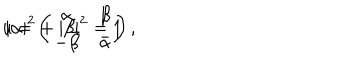
LaTeX: u = \left( \begin{array} { c c } { { \alpha } } & { { \beta } } \\ { { - \bar { \beta } } } & { { \bar { \alpha } } } \\ \end{array} \right) , \hspace { . 5 i n } | \alpha | ^ { 2 } + | \beta | ^ { 2 } = 1